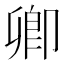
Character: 卿